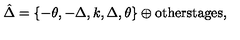
\hat { \Delta } = \left\{ - \theta , - \Delta , k , \Delta , \theta \right\} \oplus \mathrm { o t h e r s t a g e s } ,